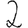
Digit: 2